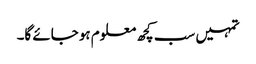
تمہیں سب کچھ معلوم ہو جائے گا۔